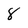
Character: 8